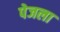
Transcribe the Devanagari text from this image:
पेजला